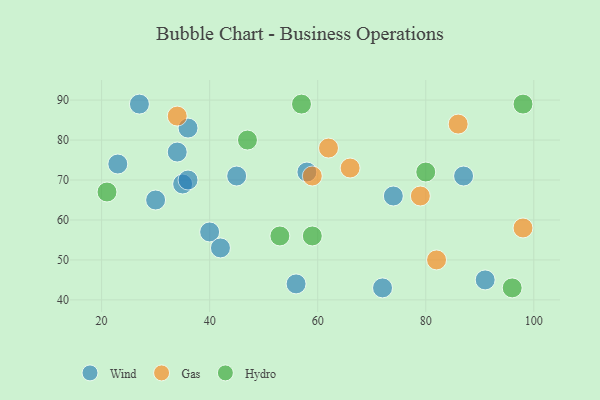
{"axis": {"x": "GDP", "y": "Life Expectancy"}, "legend": ["Gas", "Hydro", "Wind"], "data": [{"x": "35", "y": 69, "type": "Wind"}, {"x": "72", "y": 43, "type": "Wind"}, {"x": "27", "y": 89, "type": "Wind"}, {"x": "36", "y": 83, "type": "Wind"}, {"x": "40", "y": 57, "type": "Wind"}, {"x": "30", "y": 65, "type": "Wind"}, {"x": "23", "y": 74, "type": "Wind"}, {"x": "58", "y": 72, "type": "Wind"}, {"x": "91", "y": 45, "type": "Wind"}, {"x": "45", "y": 71, "type": "Wind"}, {"x": "42", "y": 53, "type": "Wind"}, {"x": "34", "y": 77, "type": "Wind"}, {"x": "36", "y": 70, "type": "Wind"}, {"x": "74", "y": 66, "type": "Wind"}, {"x": "56", "y": 44, "type": "Wind"}, {"x": "87", "y": 71, "type": "Wind"}, {"x": "98", "y": 58, "type": "Gas"}, {"x": "59", "y": 71, "type": "Gas"}, {"x": "34", "y": 86, "type": "Gas"}, {"x": "66", "y": 73, "type": "Gas"}, {"x": "62", "y": 78, "type": "Gas"}, {"x": "79", "y": 66, "type": "Gas"}, {"x": "86", "y": 84, "type": "Gas"}, {"x": "82", "y": 50, "type": "Gas"}, {"x": "47", "y": 80, "type": "Hydro"}, {"x": "59", "y": 56, "type": "Hydro"}, {"x": "96", "y": 43, "type": "Hydro"}, {"x": "80", "y": 72, "type": "Hydro"}, {"x": "53", "y": 56, "type": "Hydro"}, {"x": "57", "y": 89, "type": "Hydro"}, {"x": "98", "y": 89, "type": "Hydro"}, {"x": "21", "y": 67, "type": "Hydro"}]}